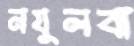
নযুলবা